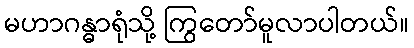
မဟာဂန္ဓာရုံသို့ ကြွတော်မူလာပါတယ်။